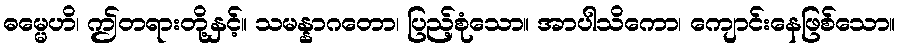
ဓမ္မေဟိ၊ ဤတရားတို့နှင့်။ သမန္နာဂတော၊ ပြည့်စုံသော။ အာပါသိကော၊ ကျောင်းနေဖြစ်သော။